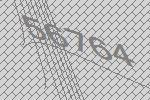
56764